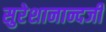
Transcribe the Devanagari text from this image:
सुरेशानान्दजी